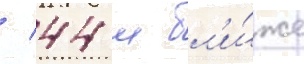
/ 44 м бл'и́же